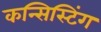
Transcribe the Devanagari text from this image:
कन्सिस्टिंग